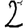
Digit: 2